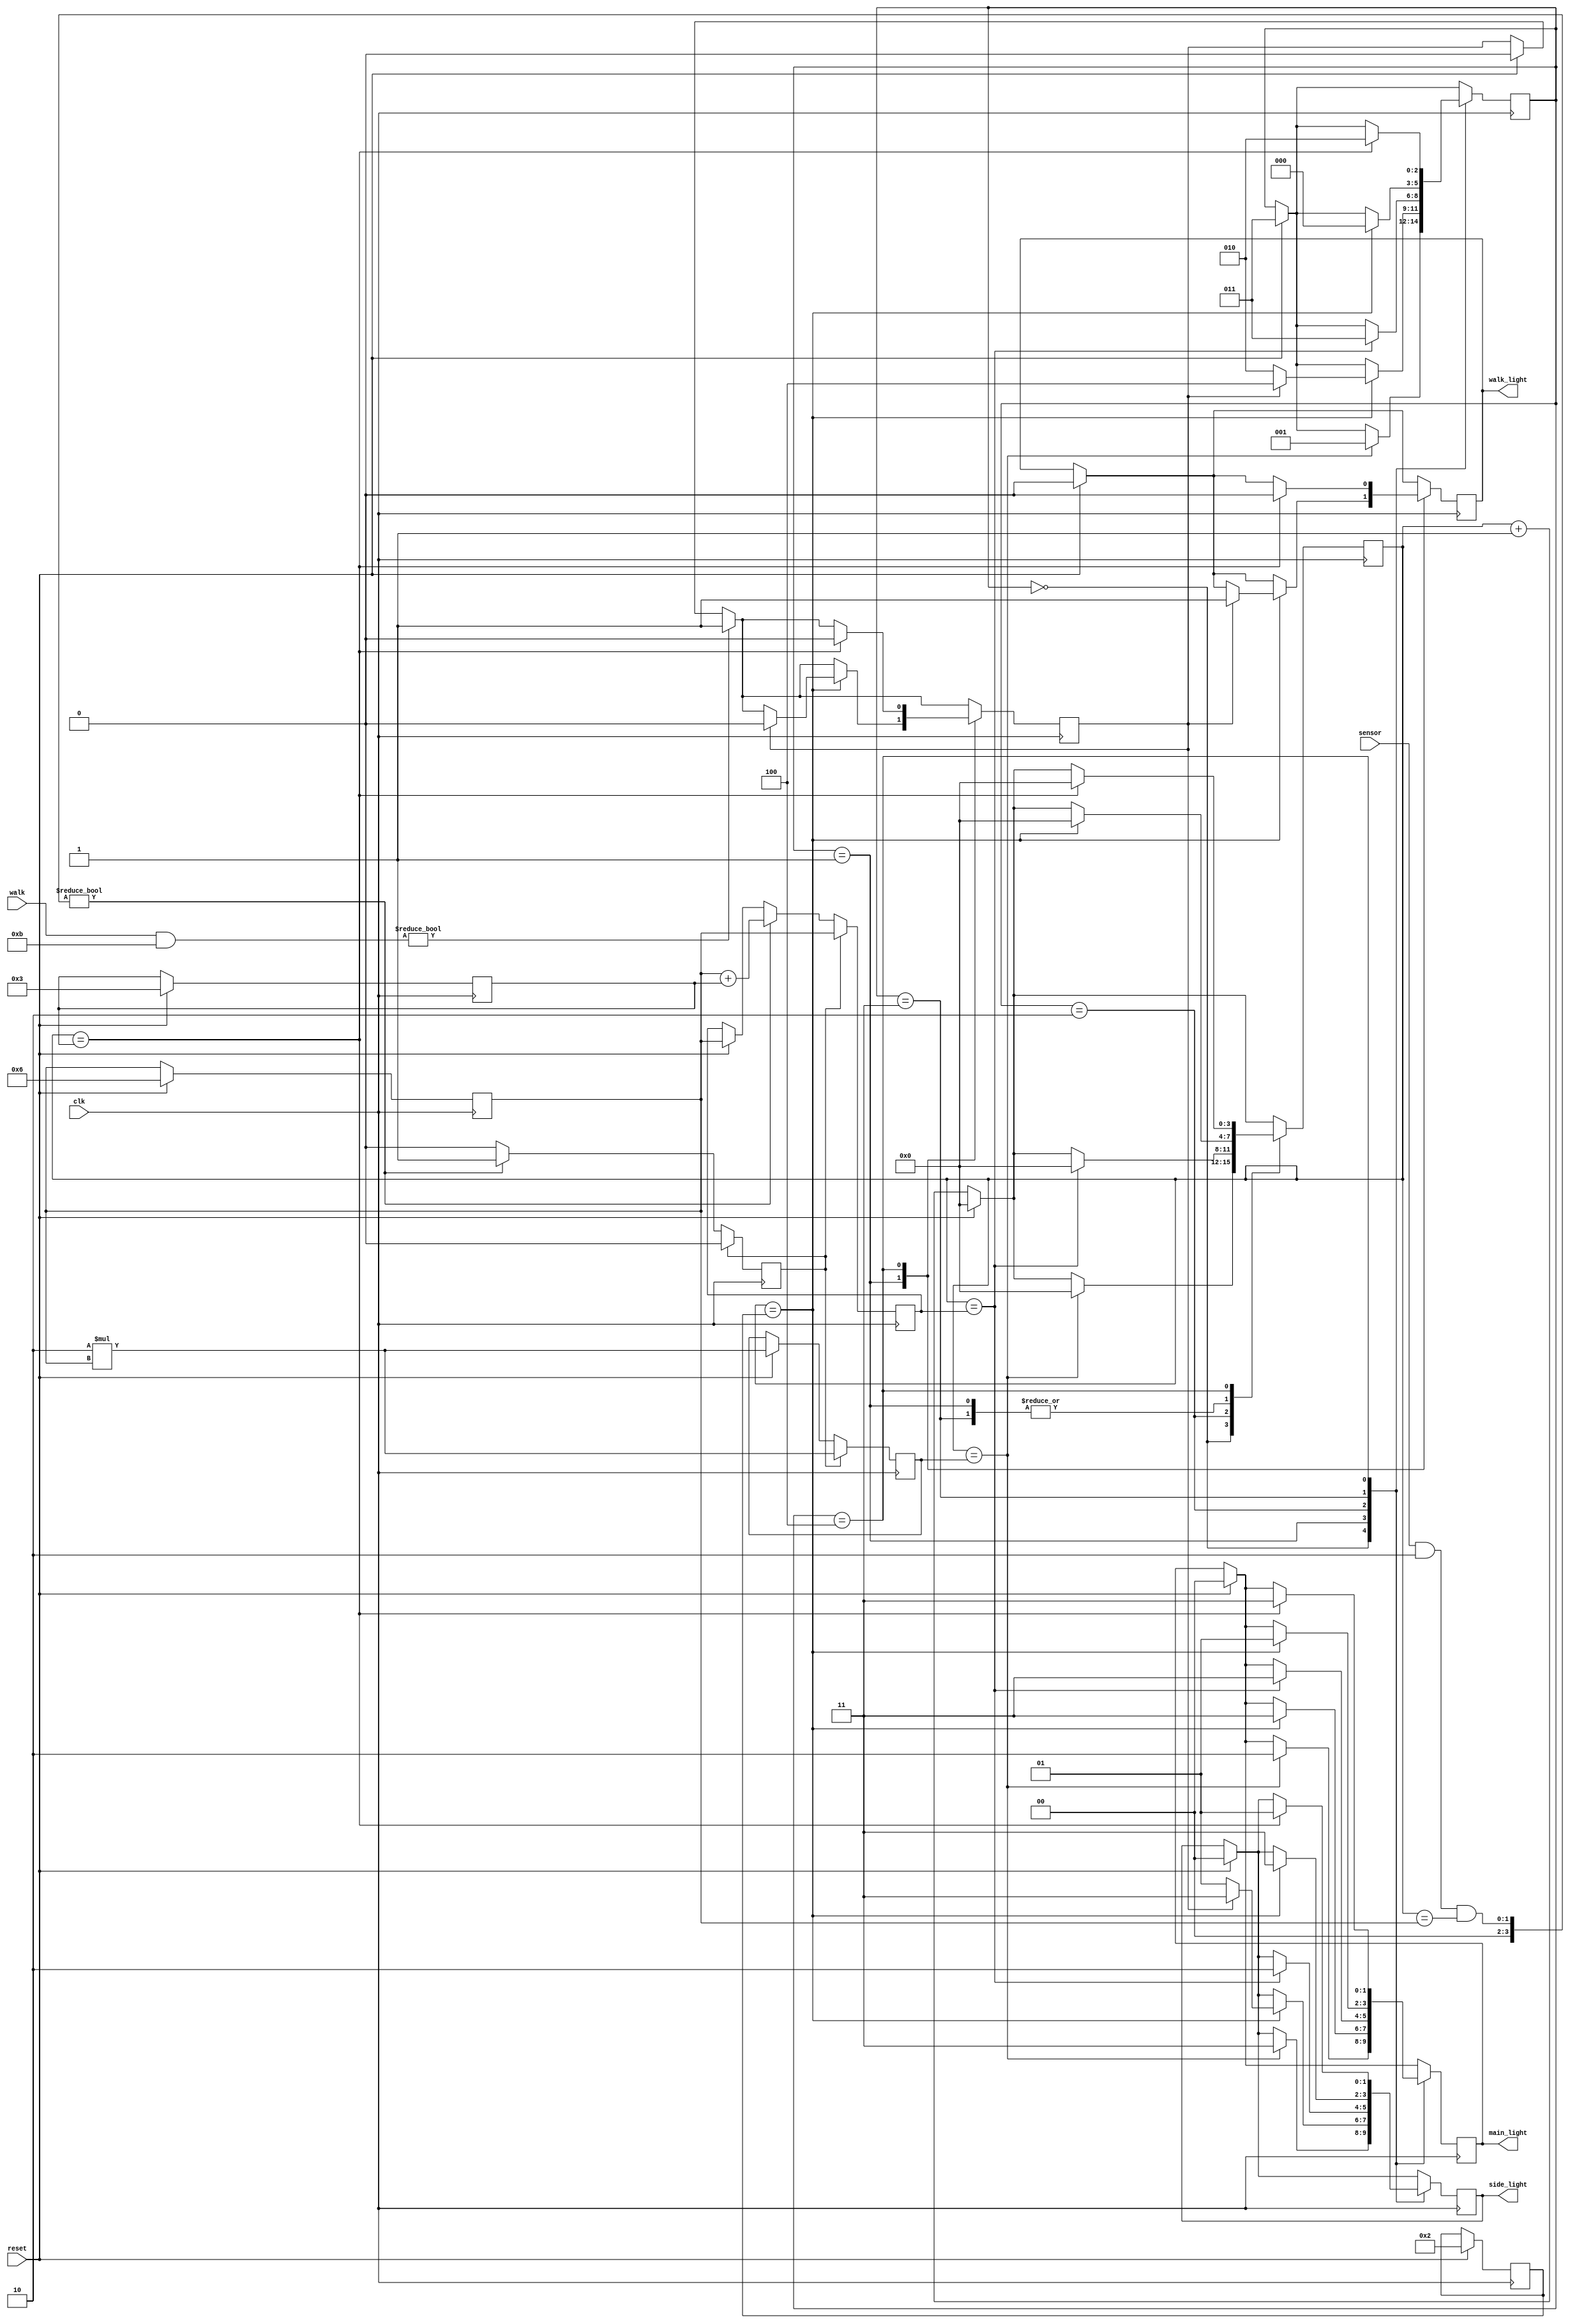
`timescale 1ns / 1ps
//////////////////////////////////////////////////////////////////////////////////
// Company: 
// Engineer: 
// 
// Design Name: 
// Module Name: base_cycle
// Project Name: 
// Target Devices: 
// Tool Versions: 
// Description: 
// 
// Dependencies: 
// 
// Revision:
// Revision 0.01 - File Created
// Additional Comments:
// 
//////////////////////////////////////////////////////////////////////////////////


/*

Light index:
0 = NaN (light off)
1 = green
2 = yellow
3 = red

*/

/*

(MAIN LIGHT IS ALWAYS UPPERCASE AND SIDE LIGHT IS ALWAYS LOWERCASE)

Base cycle:
G_r -> Y_r -> R_g -> R_y -> G_r





state index:
0 = GREEN, yellow
1 = YELLOW, red
2 = RED, green
3 = RED, yellow
4 = RED, red

*/

module basic_cycle(input clk, input reset, input sensor, input walk, output reg [1:0]main_light, output reg [1:0]side_light, output reg walk_light);
	
	reg [2:0] cur_state;
	reg [3:0] counter;
	
	reg sen_flag;
	reg walk_req;
	reg [3:0]main_wait;
	reg [3:0]side_wait;
	
	parameter nan = 4'b0;
	parameter green = 4'b1;
	parameter yel = 4'd2;
	parameter red = 4'd3;

	parameter G_r = 4'd0;
	parameter Y_r = 4'd1;
	parameter R_g = 4'd2;
	parameter R_y = 4'd3;
	parameter R_r = 4'd4;
	
	 reg [3:0]tbase;
     reg [3:0]text;
     reg [3:0]tyel;
//	localparam tbase = 4'd6;
//          localparam text = 4'd3;
//          localparam   tyel = 4'd2;
	always @(posedge clk) begin
	
		counter <= counter + 1;
		
		if (reset) begin
		   tbase <= 4'd6;
		   text <= 4'd3;
		   tyel  <= 4'd2;
			cur_state <= R_y;
			main_light <= 2'b0;
			side_light <= 2'b0;
			counter <= 4'b0;
			main_wait <= 2 * tbase;
			side_wait <= tbase;
			walk_light <= 1'b0;
			walk_req <= 1'b0;
		end
		     
		     if (walk & ~R_r) begin
		        walk_req <= 1'b1;
		     end
		     
		    if (sensor & G_r & counter == tbase) begin
                sen_flag <= 1'b1;
                main_wait <= tbase + text;
            end
            
            if (sensor & R_g & counter == tbase) begin
                sen_flag <= 1'b1;
                side_wait <= tbase + text;
            end
            if (sen_flag) begin
                sen_flag <= 1'b0;
                main_wait <= 2 * tbase;
                side_wait <= tbase;
                end
            
            
			case(cur_state)
				G_r: 
					if (counter == main_wait) begin
						counter <= 4'b0;
						cur_state <= Y_r;
						main_light <= yel;
						side_light <= red;
					end
				Y_r:
					if (counter == tyel) begin
						counter <= 4'b0;
						if (~walk_req) begin
                            cur_state <= R_g;
                            main_light <= red;
                            side_light <= green;
						end else begin
						    cur_state <= R_r;
						    main_light <= red;
						    side_light <= red;
						    walk_req <= 1'b0;
						    walk_light <= 1'b1;
						end
					end
				R_g:
					if (counter == side_wait) begin
						counter <= 4'b0;
						cur_state <= R_y;
						main_light <= red;
						side_light <= yel;
					end
				R_y:
					if (counter == tyel) begin
						counter <= 4'b0;
						cur_state <= G_r;
						main_light <= green;
						side_light <= red;
					end
			    R_r:
			        if (counter == text) begin
			            counter <= 4'b0;
			            cur_state <= R_g;
			            walk_req <= 1'b0;
			            main_light <= red;
			            side_light <= green;
			            walk_light <= 1'b0;
			        end
			endcase 
	end
endmodule